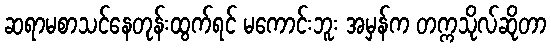
ဆရာမစာသင်နေတုန်းထွက်ရင် မကောင်းဘူး အမှန်က တက္ကသိုလ်ဆိုတာ